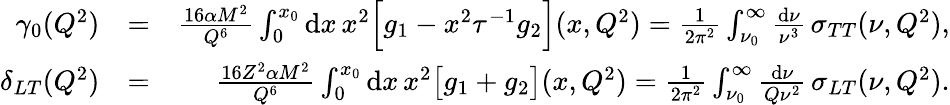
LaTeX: \begin{array}{rlr}{\gamma_{0}(Q^{2})}&{=}&{\frac{16\alpha M^{2}}{Q^{6}}\int_{0}^{x_{0}}\mathrm{d}x\, x^{2}\Big[g_{1}-x^{2}\tau^{-1}g_{2}\Big](x,Q^{2})=\frac{1}{2\pi^{2}}\int_{\nu_{0}}^{\infty}\frac{\mathrm{d}\nu}{\nu^{3}}\, \sigma_{TT}(\nu,Q^{2}),}\\ {\delta_{LT}(Q^{2})}&{=}&{\frac{16Z^{2}\alpha M^{2}}{Q^{6}}\int_{0}^{x_{0}}\mathrm{d}x\, x^{2}\big[g_{1}+g_{2}\big](x,Q^{2})=\frac{1}{2\pi^{2}}\int_{\nu_{0}}^{\infty}\frac{\mathrm{d}\nu}{Q\nu^{2}}\, \sigma_{LT}(\nu,Q^{2}).}\end{array}